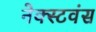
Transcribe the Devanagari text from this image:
नेक्स्टवंस